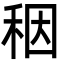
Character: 秵